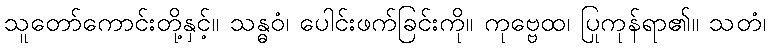
သူတော်ကောင်းတို့နှင့်။ သန္ဓဝံ၊ ပေါင်းဖက်ခြင်းကို။ ကုဗ္ဗေထ၊ ပြုကုန်ရာ၏။ သတံ၊